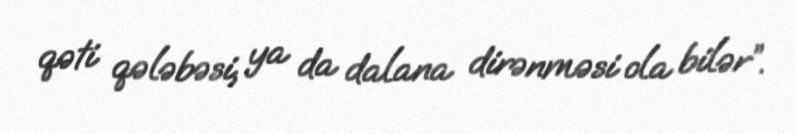
qəti qələbəsi, ya da dalana dirənməsi ola bilər”.